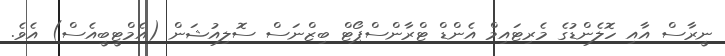
ނީރާސް އާއި ހޮލެންޑުގެ މެރިޓައިމް އެންޑް ޓްރާންސްޕޯޓް ބިޒްނަސް ސޮލިއުޝަން (އެމްޓީބީއެސް) އެވެ.